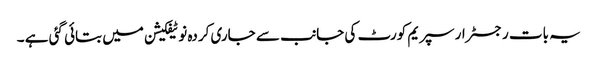
یہ بات رجسٹرار سپریم کورٹ کی جانب سے جاری کردہ نوٹیفکیشن میں بتائی گئی ہے ۔